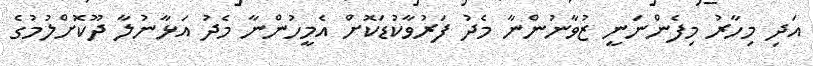
އަދި މިހާރު މިފެންނަނީ ޒުވާނުންނާ މެދު ފަރުވާކުޑަކޮށް އެމީހުންނާ މެދު އަޅާނުލާ ދޫކޮށްލުމުގެ